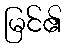
မြင်၏